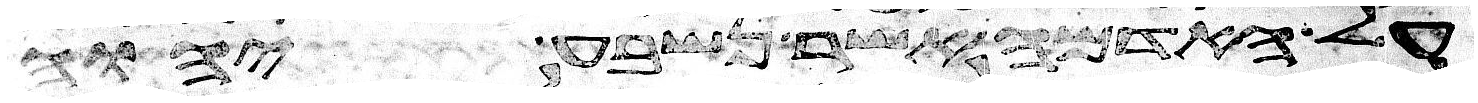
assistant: על האדמה אשר נשבע יהוה